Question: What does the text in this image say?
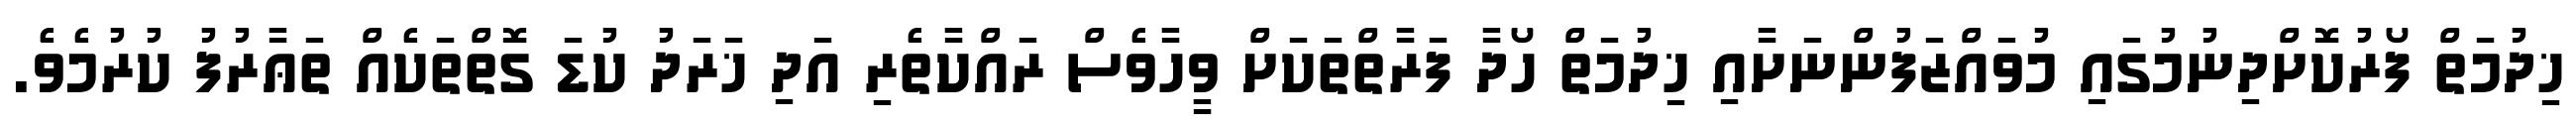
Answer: ޚިދުމަތް ފޯރުކޮށްދިނުމުގައި މުވައްޒަފުންނަށާއި ޚިދުމަތް ހޯދާ ފަރާތްތަކަށް ވީހާވެސް ރައްކާތެރި އަދި ޚަރަދު ކުޑަ ގޮތްތަކެއް ތަޢާރުފު ކުރުމެވެ.